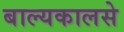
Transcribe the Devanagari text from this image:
बाल्यकालसे